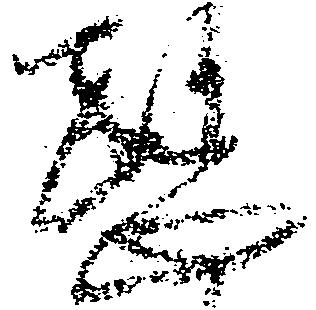
愍